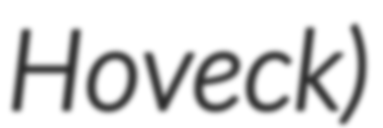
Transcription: Hoveck)